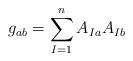
LaTeX: \begin{align*}g_{ab} = \sum_{I=1}^{n} A_{Ia}A_{Ib}\end{align*}